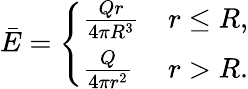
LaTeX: \bar{E}=\left\{ \begin{array}{ll}{\frac{Qr}{4\pi R^{3}}}&{r\leq R,}\\ {\frac{Q}{4\pi r^{2}}}&{r>R.}\end{array}\right.